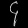
Digit: ၄